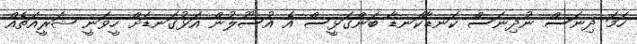
ހަމަ ދިނަސް ނުދިނަސް ކަނޑާކަނޑާ ބަންގަޅީސް އެ އުސޫލުން އަޅުގަނޑަށް ހީވަނީ ޝަރީއަތެއް